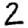
Digit: 2